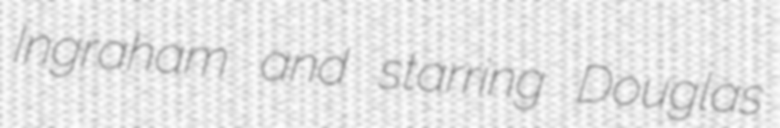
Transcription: Ingraham and starring Douglas